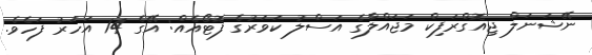
ނޭޝަނަލް ޖިއޮގްރަފިކް މަޖައްލާގެ އަސްލު ކަވަރުގެ ފޮޓޯއެއް: އޭގެ 14 އަހަރު ފަހެވެ.